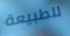
للطبيعة